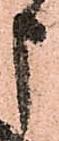
申